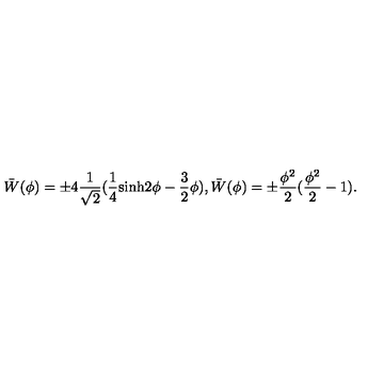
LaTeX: \bar { W } ( \phi ) = \pm 4 \frac { 1 } { \sqrt 2 } ( \frac { 1 } { 4 } \mathrm { s i n h } 2 \phi - \frac { 3 } { 2 } \phi ) , \bar { W } ( \phi ) = \pm \frac { \phi ^ { 2 } } { 2 } ( \frac { \phi ^ { 2 } } { 2 } - 1 ) .